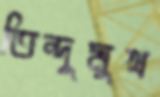
তিন্দুমুখ